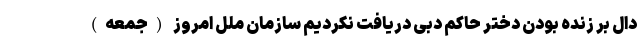
دال بر زنده بودن دختر حاکم دبی دریافت نکردیم سازمان ملل امروز (جمعه)